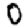
Digit: 0